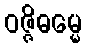
ဝဇ္ဇိဓမ္မေ